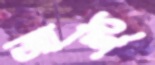
আর্শি